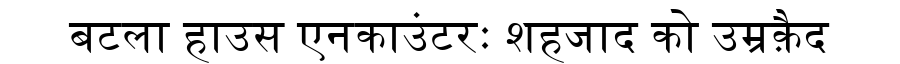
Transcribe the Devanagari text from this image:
बटला हाउस एनकाउंटरः शहजाद को उम्रक़ैद